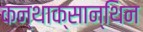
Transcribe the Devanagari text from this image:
कन्थाक्सान्थिन